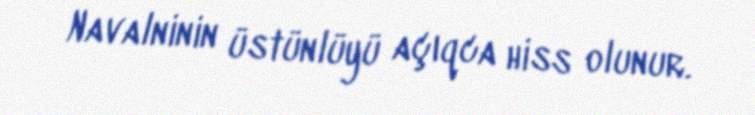
Navalninin üstünlüyü açıqca hiss olunur.